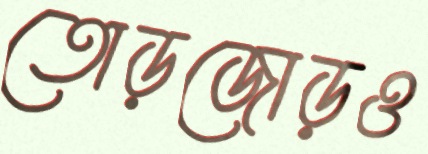
তোড়জোড়ও